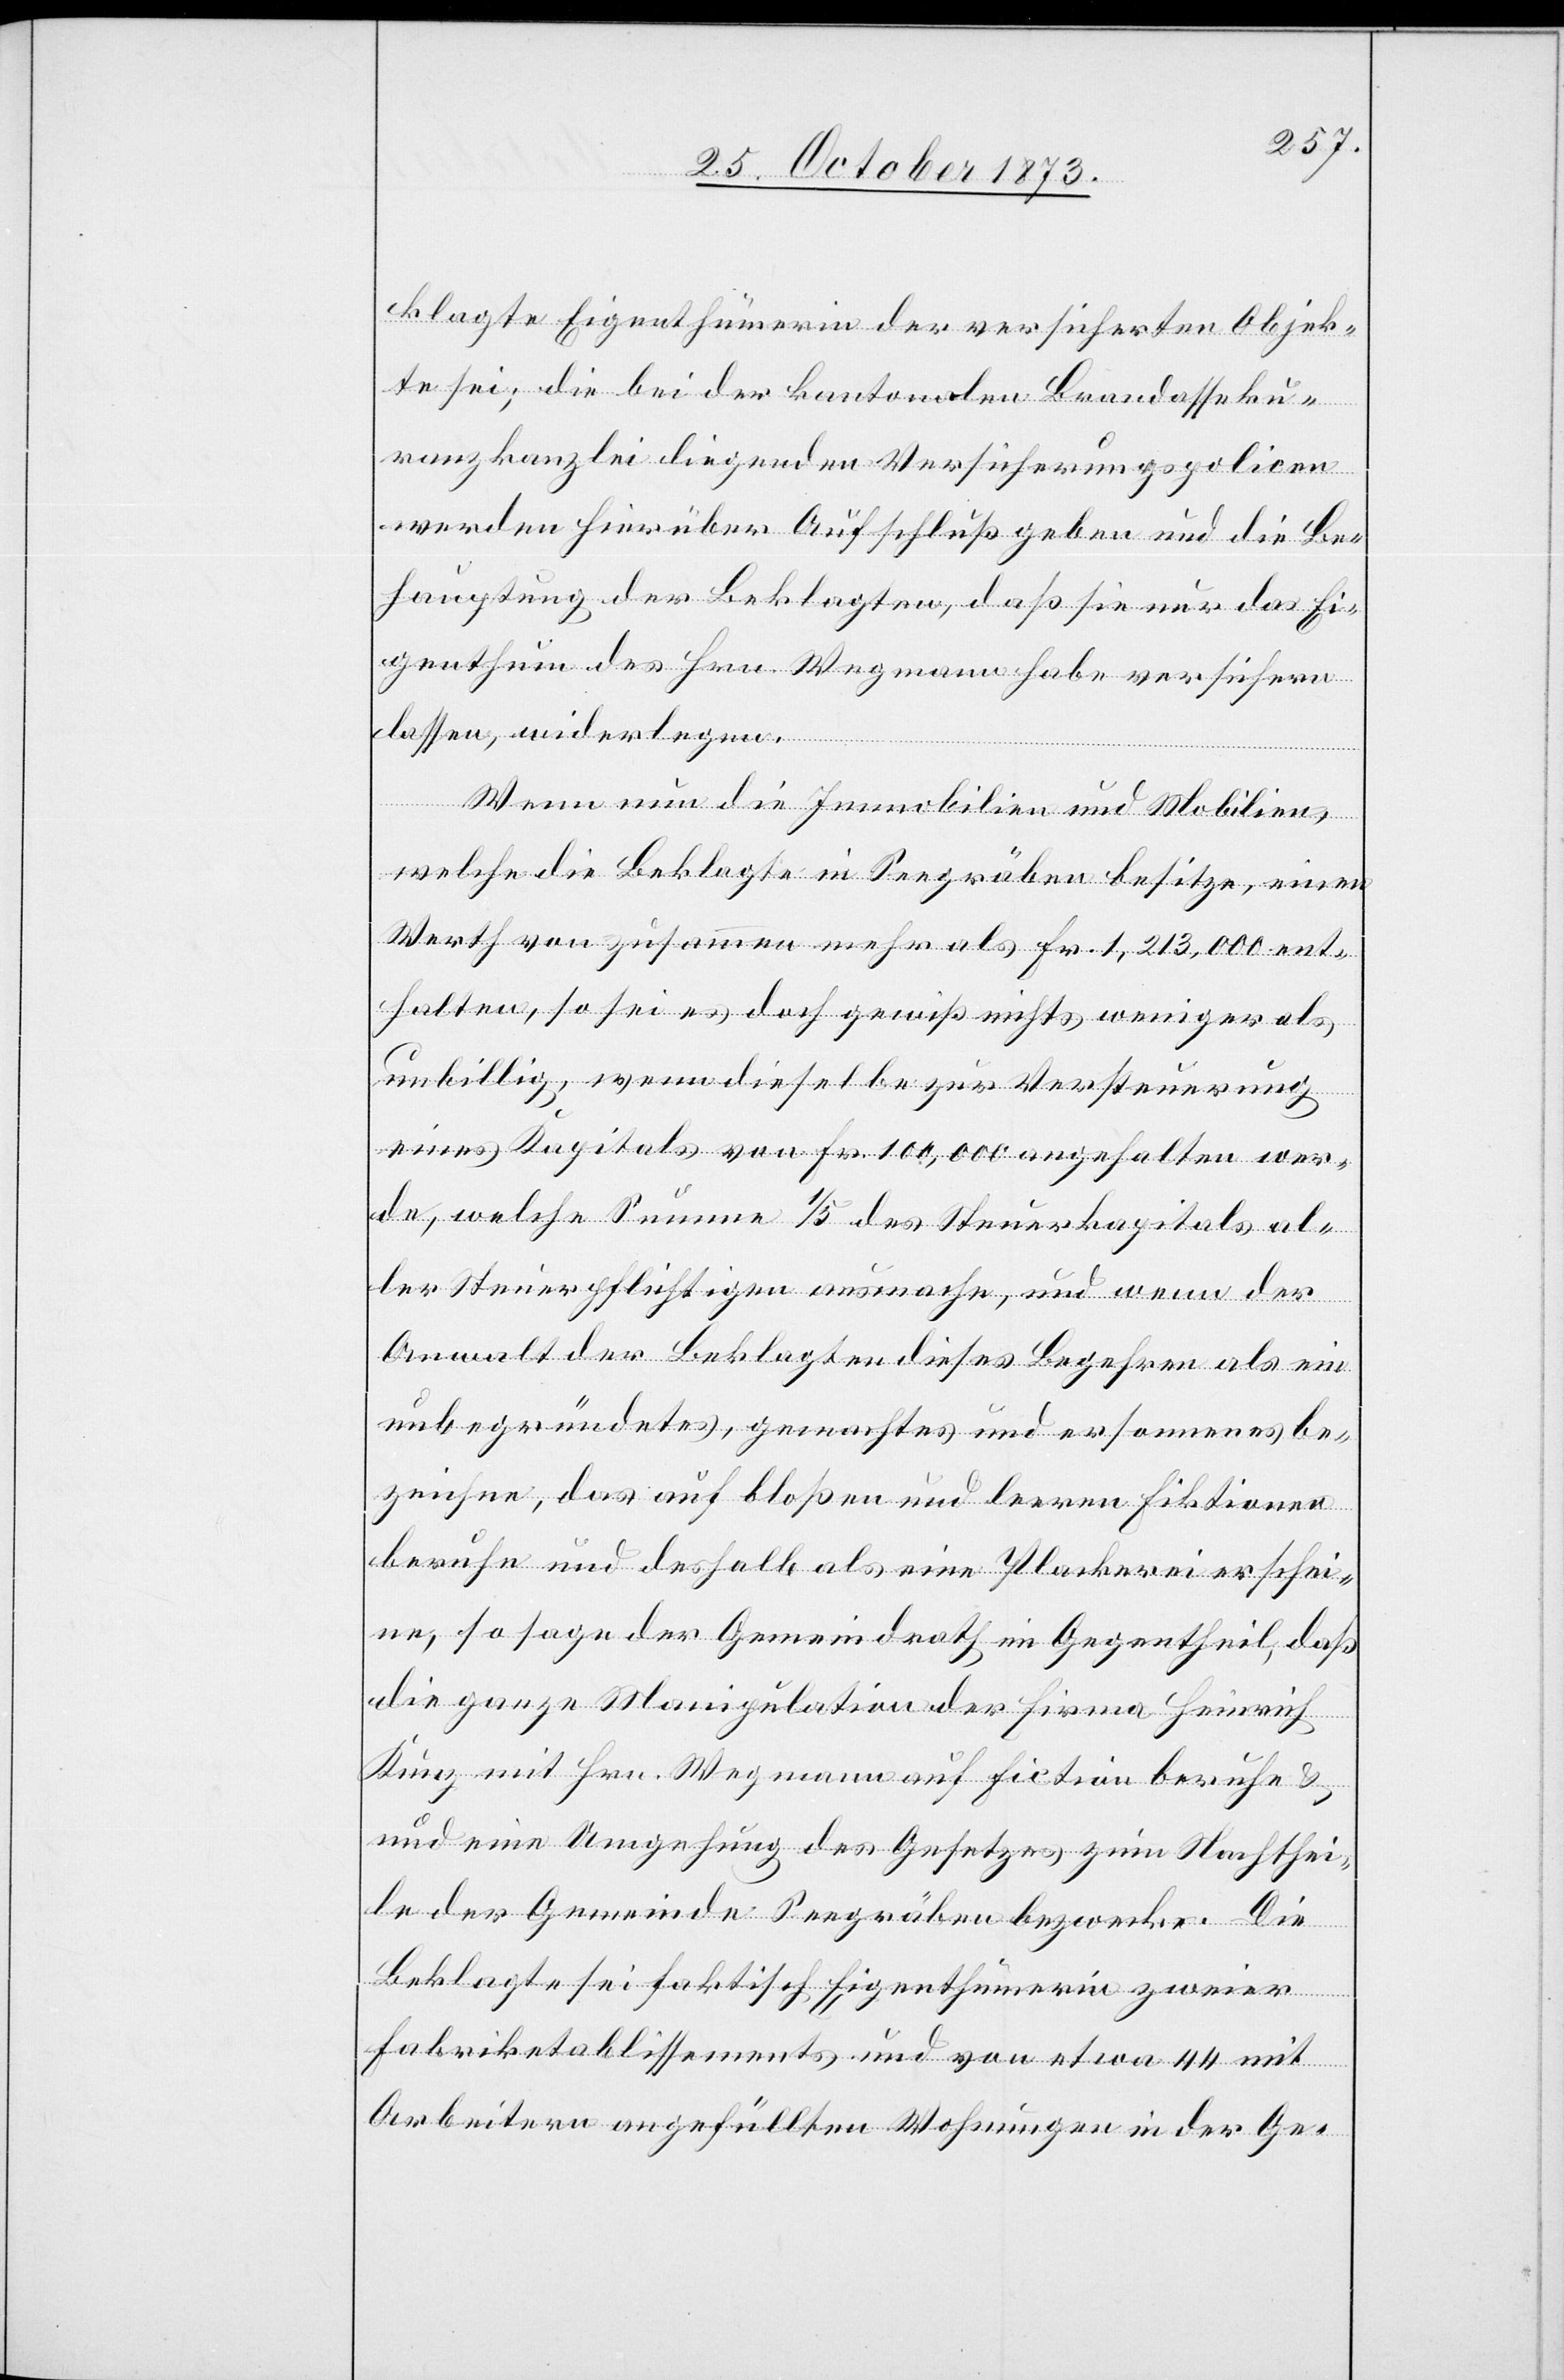
klagte Eigenthümerin der versicherten Objek¬
te sei; die bei der kantonalen Brandasseku¬
ranzkanzlei liegenden Versicherungspolicen
werden hierüber Aufschluß geben und die Be¬
hauptung der Beklagten, daß sie nur das Ei¬
genthum des Hrn. Wegmann habe versichern
lassen, widerlegen.
Wenn nun die Immobilien und Mobilien,
welche die Beklagte in Seegräben besitze, einen
Werth von zusammen mehr als Fr. 1,213,000 ent¬
halten, so sei es doch gewiß nichts weniger als
unbillig, wenn dieselbe zur Versteuerung
eines Kapitals von Fr. 100,000 angehalten wer¬
de, welche Summe 1/5 des Steuerkapitals al¬
ler Steuerpflichtigen ausmache, und wenn der
Anwalt der Beklagten dieses Begehren als ein
unbegründetes, gemachtes und ersonnenes be¬
zeichne, das auf bloßen und leeren Fiktionen
beruhe und deshalb als eine Plackerei erschei¬
ne, so sage der Gemeindrath im Gegentheil, daß
die ganze Manipulation der Firma Heinrich
Kunz mit Hrn. Wegmann auf Fiction beruhe &
eine Umgehung des Gesetzes zum Nachthei¬
le der Gemeinde Seegräben bezwecke. Die
Beklagte sei faktisch Eigenthümerin zweier
Fabriketablissements und von etwa 44 mit
Arbeitern angefüllten Wohnungen in der Ge-